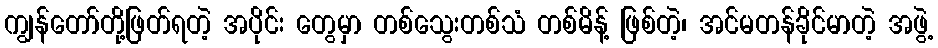
ကျွန်တော်တို့ဖြတ်ရတဲ့ အပိုင်း တွေမှာ တစ်သွေးတစ်သံ တစ်မိန့် ဖြစ်တဲ့၊ အင်မတန်ခိုင်မာတဲ့ အဖွဲ့